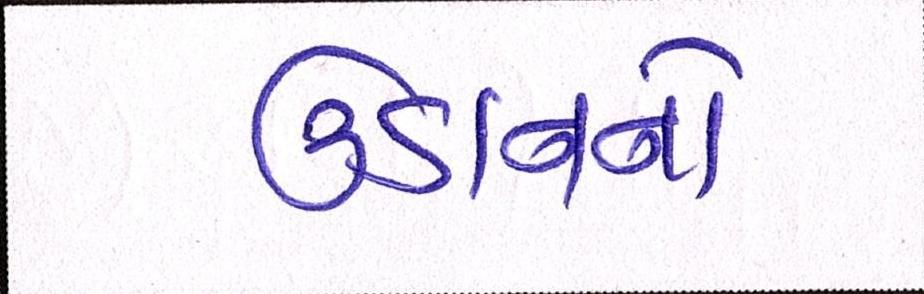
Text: ઉડાનનો